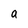
Character: a